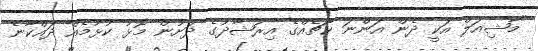
"މާޝިއަލް އަކީ ދެން އަންނަ ކޯޗެއްގެ އިރުޝާދުގެ ދަށުން މޮޅު ކުޅުމެއް ދައްކާނެ